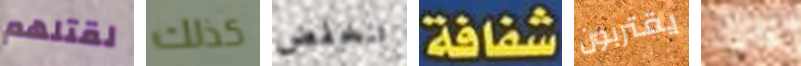
لقتلهم كذلك تنخفض شفافة يقتربون كيف